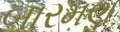
બારમણ